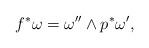
LaTeX: \begin{align*}f^*\omega = \omega''\wedge p^*\omega',\end{align*}